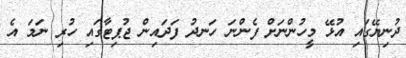
ދުނިޔޭގައި އުޅޭ މީހުންނަށް ފެންނަ ހަނދު ފަދައިން ޖުޕިޓާގައި ހުރި ނަމަ އެ